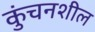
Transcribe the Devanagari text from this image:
कुंचनशील